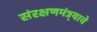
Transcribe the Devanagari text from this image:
संरक्षणमंत्र्याचे